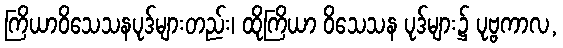
ကြိယာဝိသေသနပုဒ်များတည်း၊ ထိုကြိယာ ဝိသေသန ပုဒ်များ၌ ပုဗ္ဗကာလ,